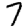
Digit: 7